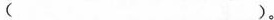
( )。